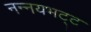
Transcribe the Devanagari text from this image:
नन्नयभट्ट